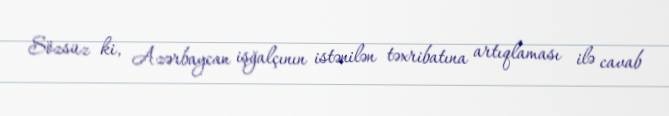
Sözsüz ki, Azərbaycan işğalçının istənilən təxribatına artıqlaması ilə cavab